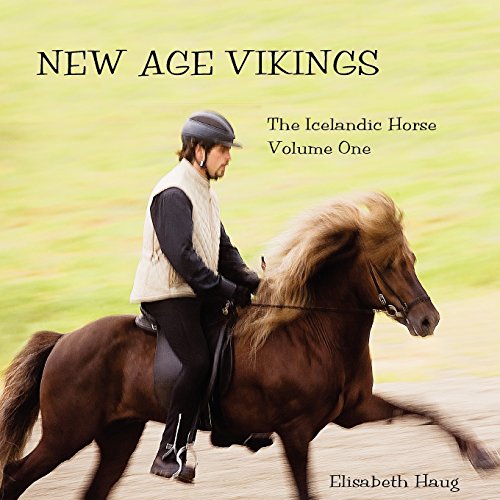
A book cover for New Age Vikings, The Icelandic Horse. Volume One; Elisabeth A Haug; Travel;